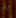
لم